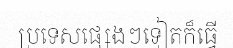
ប្រទេសផ្សេងៗទៀតក៏ធ្វើ